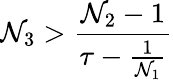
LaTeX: \mathcal{N}_{3}>\frac{{\mathcal{N}_{2}-1}}{{\tau-\frac{{1}}{{\mathcal{N}_{1}}}}}